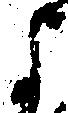
よ